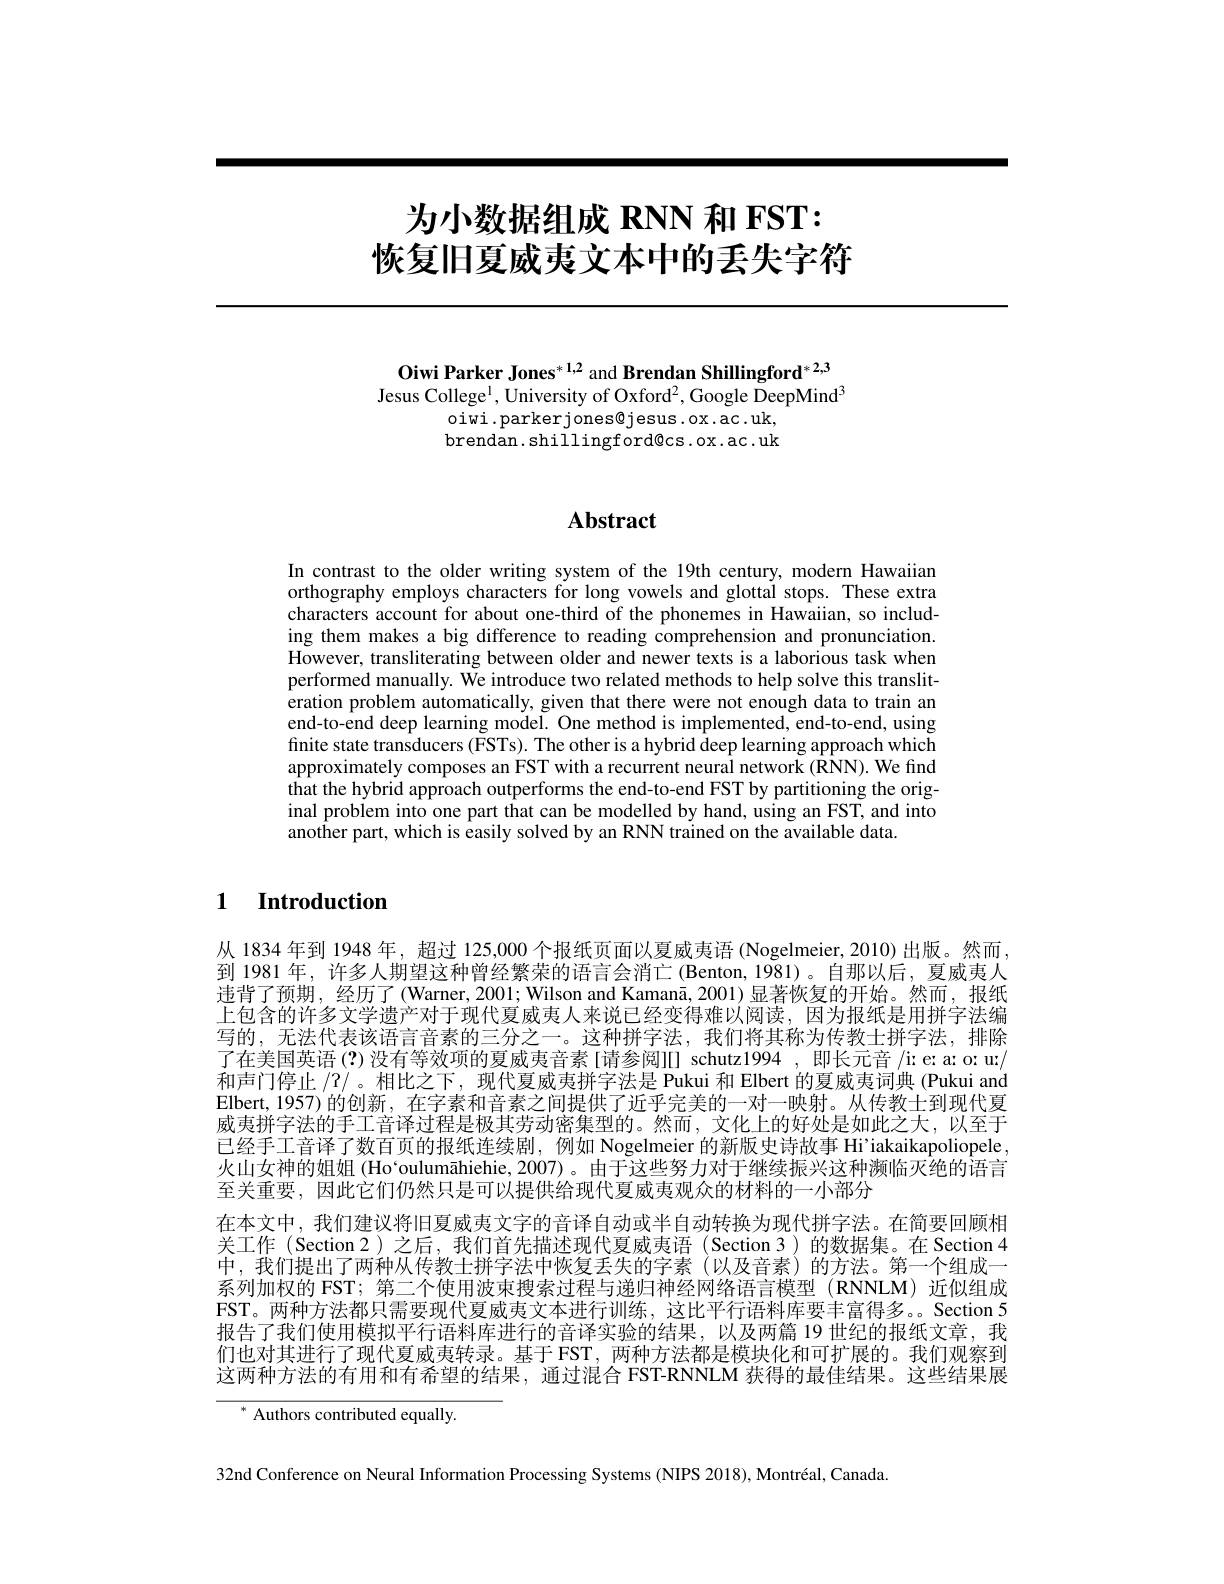
# 为小数据组成 RNN 和 FST: 恢复旧夏威夷文本中的丢失字符

Oiwi Parker Jones$^{*1,2}$ and Brendan Shillingford$^{*2,3}$ Jesus College$^1$,University of Oxford$^2$,Google DeepMind$^3$
oiwi.parkerjones@jesus.ox.ac.uk, brendan. shillingford@cs. ox. ac. uk

# Abstract

In contrast to the older writing system of the 19th century, modern Hawaiian orthography employs characters for long vowels and glottal stops. These extra characters account for about one-third of the phonemes in Hawaiian, so including them makes a big difference to reading comprehension and pronunciation. However, transliterating between older and newer texts is a laborious task when performed manually. We introduce two related methods to help solve this transliteration problem automatically, given that there were not enough data to train an end-to-end deep learning model. One method is implemented, end-to-end, using finite state transducers (FSTs). The other is a hybrid deep learning approach which approximately composes an FST with a recurrent neural network (RNN). We find that the hybrid approach outperforms the end-to-end FST by partitioning the original problem into one part that can be modelled by hand, using an FST, and into another part, which is easily solved by an RNN trained on the available data.

## 1 Introduction

从 1834 年到 1948 年，超过 125,000 个报纸页面以夏威夷语 (Nogelmeier, 2010) 出版。然而， 到 1981 年，许多人期望这种曾经繁荣的语言会消亡 (Benton, 1981)。自那以后，夏威夷人违背了预期，经历了(Warner,2001; Wilson and Kamanā,2001)显著恢复的开始。然而，报纸上包含的许多文学遗产对于现代夏威夷人来说已经变得难以阅读，因为报纸是用拼字法编写的，无法代表该语言音素的三分之一。这种拼字法，我们将其称为传教士拼字法，排除了在美国英语 (?) 没有等效项的夏威夷音素[请参阅][] schutz1994 ,即长元音 /ir e: a: o: u:/ 和声门停止/2/。相比之下，现代夏威夷拼字法是 Pukui 和 Elbert 的夏威夷词典 (Pukui and Elbert,1957)的创新，在字素和音素之间提供了近乎完美的一对一映射。从传教士到现代夏威夷拼字法的手工音译过程是极其劳动密集型的。然而，文化上的好处是如此之大，以至于已经手工音译了数百页的报纸连续剧，例如 Nogelmeier 的新版史诗故事 Hi'iakaikapoliopele, 火山女神的姐姐(Ho`oulumāhiehie, 2007)。由于这些努力对于继续振兴这种濒临灭绝的语言至关重要，因此它们仍然只是可以提供给现代夏威夷观众的材料的一小部分
在本文中，我们建议将旧夏威夷文字的音译自动或半自动转换为现代拼字法。在简要回顾相关工作(Section 2)之后，我们首先描述现代夏威夷语(Section 3)的数据集。在 Section 4中，我们提出了两种从传教士拼字法中恢复丢失的字素(以及音素)的方法。第一个组成一系列加权的 FST; 第二个使用波束搜索过程与递归神经网络语言模型 (RNNLM) 近似组成FST。两种方法都只需要现代夏威夷文本进行训练，这比平行语料库要丰富得多。Section 5报告了我们使用模拟平行语料库进行的音译实验的结果，以及两篇 19 世纪的报纸文章，我们也对其进行了现代夏威夷转录。基于FST，两种方法都是模块化和可扩展的。我们观察到这两种方法的有用和有希望的结果，通过混合 FST-RNNLM 获得的最佳结果。这些结果展

$^{*}{\text{ Authors contributed equally.}}$

32nd Conference on Neural Information Processing Systems (NIPS 2018), Montréal, Canada